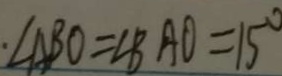
\cdot \angle A B O = \angle B A O = 1 5 ^ { \circ }